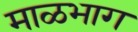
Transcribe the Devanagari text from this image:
माळभाग